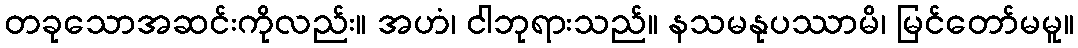
တခုသောအဆင်းကိုလည်း။ အဟံ၊ ငါဘုရားသည်။ နသမနုပဿာမိ၊ မြင်တော်မမူ။